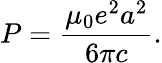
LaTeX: P={\frac{\mu_{0}e^{2}a^{2}}{6\pi c}}.